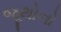
જૂથોનો